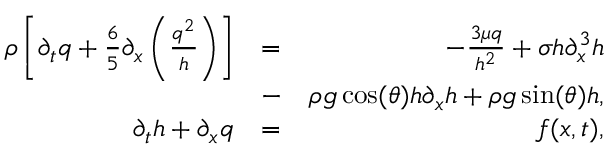
\begin{array} { r l r } { \rho \left[ \partial _ { t } q + \frac { 6 } { 5 } \partial _ { x } \left( \frac { q ^ { 2 } } { h } \right) \right] } & { = } & { - \frac { 3 \mu q } { h ^ { 2 } } + \sigma h \partial _ { x } ^ { 3 } h } \\ & { - } & { \rho g \cos ( \theta ) h \partial _ { x } h + \rho g \sin ( \theta ) h , } \\ { \partial _ { t } h + \partial _ { x } q } & { = } & { f ( x , t ) , } \end{array}